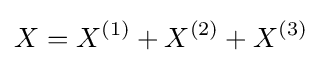
X=X^{(1)}+X^{(2)}+X^{(3)}